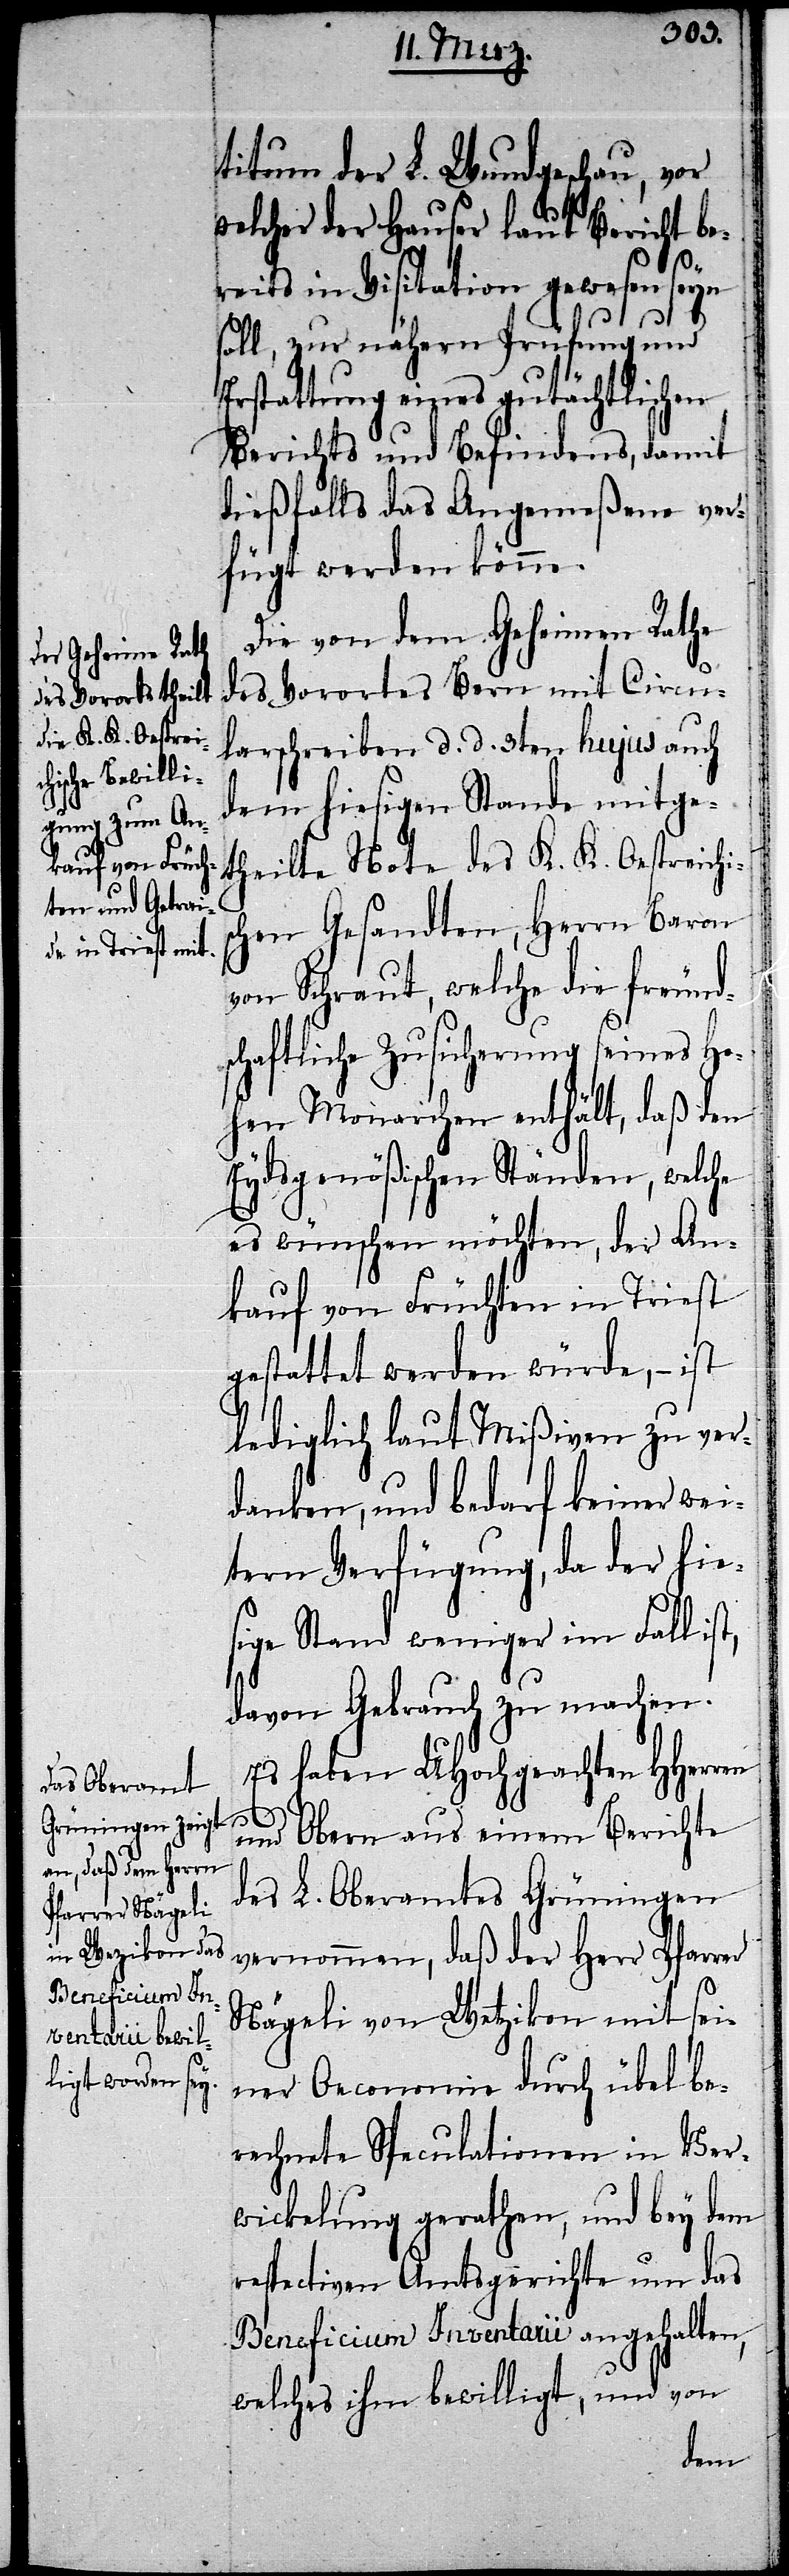
titum der L. Wundgeschau, vor
welcher der Hauser laut Bericht be¬
reits in Visitation gewesen seyn
soll, zur nähern Prüfung und
Erstattung eines gutächtlichen
Berichts und Befindens, damit
dießfalls das Angemeßene ver¬
fügt werden könne.
Die von dem Geheimen Rathe
des Vorortes Bern mit Circu¬
larschreiben d. d. 3ten hujus auch
dem hiesigen Stande mitge¬
theilte Note des K. K. Oestreichi¬
schen Gesandten, Herrn Baron
von Schraut, welche die freunds¬
chaftliche Zusicherung seines Ho¬
hen Monarchen enthält, daß den
Eydsgenößischen Ständen, welche
es wünschen möchten, der An¬
kauf von Früchten in Triest
gestattet werden würde, – ist
lediglich laut Mißiven zu ver¬
danken, und bedarf keiner wei¬
tern Verfügung, da der hie¬
sige Stand weniger im Fall ist,
davon Gebrauch zu machen.
Es haben UHochgeachten HHerren
und Obern aus einem Berichte
des L. Oberamtes Grüningen
vernommen, daß der Herr Pfarrer
Nägeli von Wetzikon mit sei¬
ner Oeconomie durch übel be¬
rechnete Speculationen in Ver¬
wickelung gerathen, und bey dem
respectiven Amtsgerichte um das
Beneficium Inventarii angehalten,
welches ihm bewilligt, und von